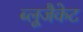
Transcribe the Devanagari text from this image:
ब्लूजैकेट